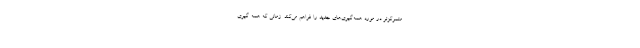
متمرکزتر در مورد همه‌گیری‌های جدید را فراهم می‌کند. زمانی که همه گیری